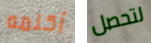
أكلمه لتحصل